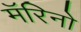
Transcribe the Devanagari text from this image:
मॅरिनो